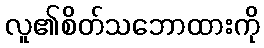
လူ၏စိတ်သဘောထားကို